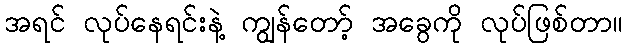
အရင် လုပ်နေရင်းနဲ့ ကျွန်တော့် အခွေကို လုပ်ဖြစ်တာ။